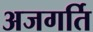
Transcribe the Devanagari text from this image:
अजगर्ति